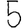
Digit: 5